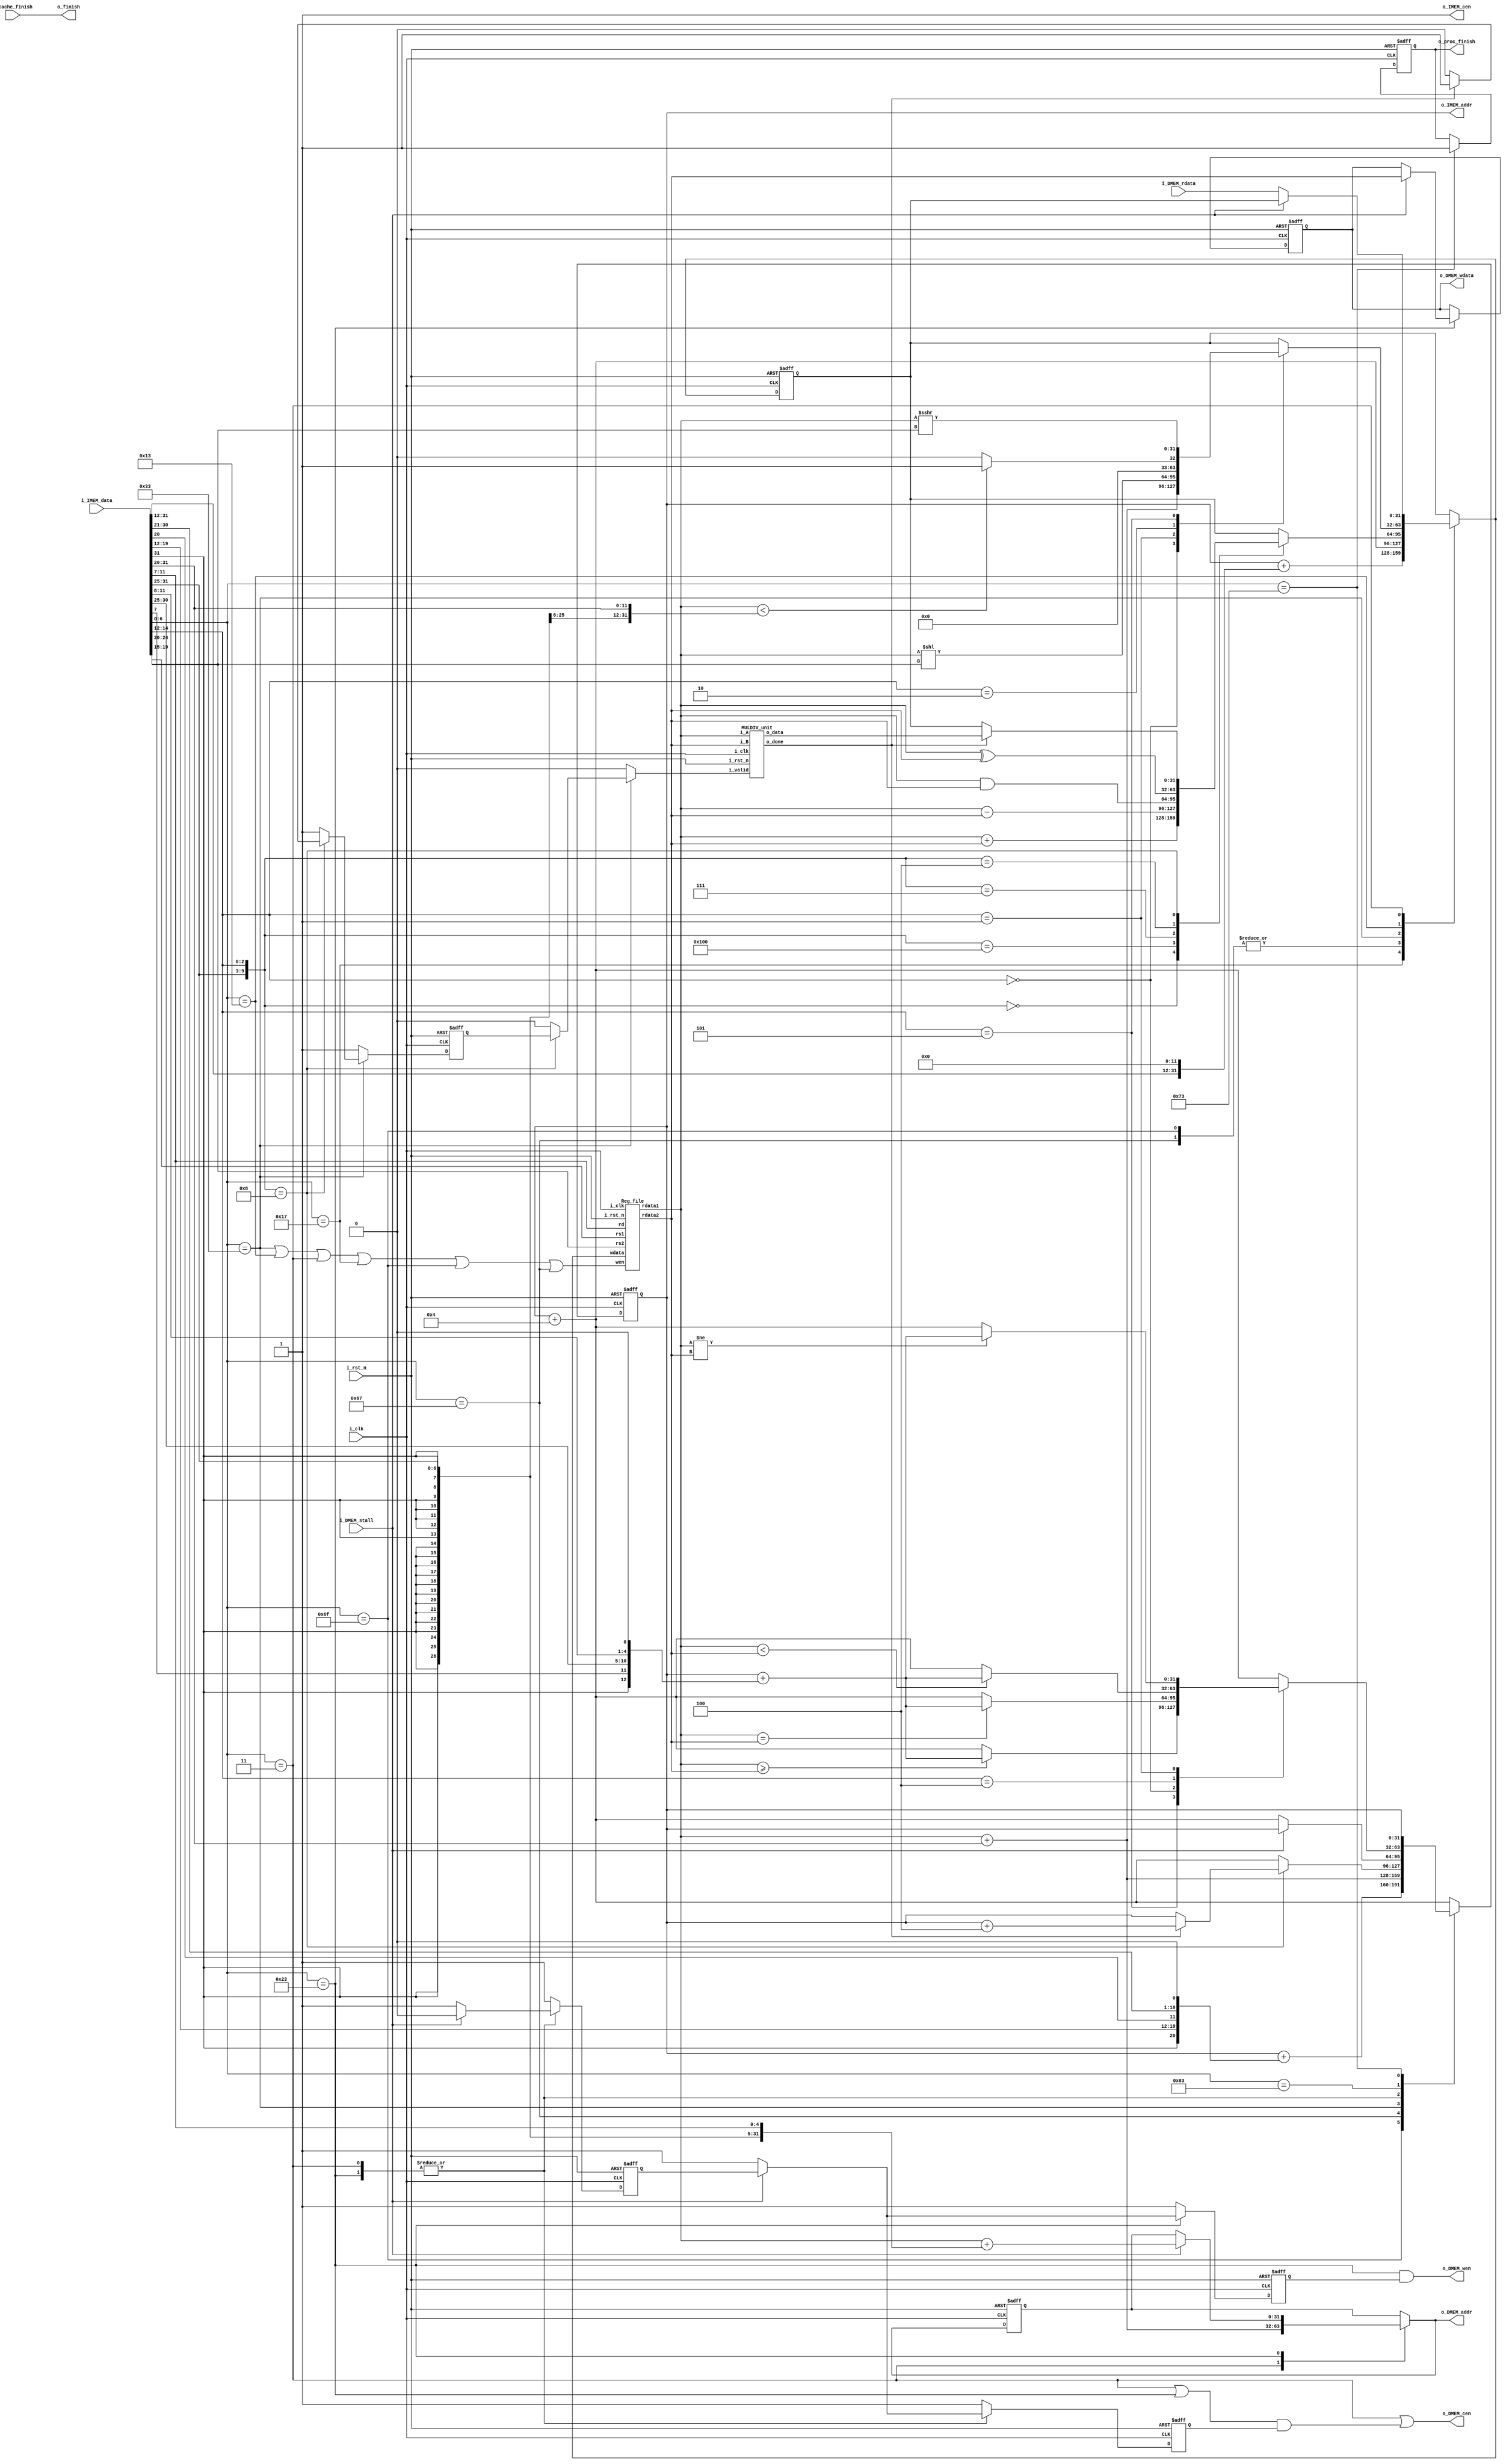
//----------------------------- DO NOT MODIFY THE I/O INTERFACE!! ------------------------------//
module CHIP #(                                                                                  //
    parameter BIT_W = 32                                                                        //
)(                                                                                              //
    // clock                                                                                    //
        input               i_clk,                                                              //
        input               i_rst_n,                                                            //
    // instruction memory                                                                       //
        input  [BIT_W-1:0]  i_IMEM_data,                                                        //
        output [BIT_W-1:0]  o_IMEM_addr,                                                        //
        output              o_IMEM_cen,                                                         //
    // data memory                                                                              //
        input               i_DMEM_stall,                                                       //
        input  [BIT_W-1:0]  i_DMEM_rdata,                                                       //
        output              o_DMEM_cen,                                                         //
        output              o_DMEM_wen,                                                         //
        output [BIT_W-1:0]  o_DMEM_addr,                                                        //
        output [BIT_W-1:0]  o_DMEM_wdata,                                                       //
    // finnish procedure                                                                        //
        output              o_finish,                                                           //
    // cache                                                                                    //
        input               i_cache_finish,                                                     //
        output              o_proc_finish                                                       //
);                                                                                              //
//----------------------------- DO NOT MODIFY THE I/O INTERFACE!! ------------------------------//

// ------------------------------------------------------------------------------------------------------------------------------------------------------
// Parameters
// ------------------------------------------------------------------------------------------------------------------------------------------------------

    // TODO: any declaration
    // auipc
    parameter auipc_opcode = 7'b0010111;
    // jal
    parameter jal_opcode   = 7'b1101111;
    // jalr
    parameter jalr_opcode  = 7'b1100111;
    // add
    parameter add_funct7   = 7'b0000000;
    parameter add_funct3   = 3'b000;
    parameter add_opcode   = 7'b0110011;
    // sub
    parameter sub_funct7   = 7'b0100000;
    parameter sub_funct3   = 3'b000;
    parameter sub_opcode   = 7'b0110011;
    // and
    parameter and_funct7   = 7'b0000000;
    parameter and_funct3   = 3'b111;
    parameter and_opcode   = 7'b0110011;
    // xor
    parameter xor_funct7   = 7'b0000000;
    parameter xor_funct3   = 3'b100;
    parameter xor_opcode   = 7'b0110011;
    // addi
    parameter addi_funct3  = 3'b000;
    parameter addi_opcode  = 7'b0010011;
    // slli
    parameter slli_funct3  = 3'b001;
    parameter slli_opcode  = 7'b0010011;
    // slti
    parameter slti_funct3  = 3'b010;
    parameter slti_opcode  = 7'b0010011;
    // srai
    parameter srai_funct7  = 7'b0100000;
    parameter srai_funct3  = 3'b101;
    parameter srai_opcode  = 7'b0010011;
    // lw
    parameter lw_funct3    = 3'b010;
    parameter lw_opcode    = 7'b0000011;
    // sw
    parameter sw_funct3    = 3'b010;
    parameter sw_opcode    = 7'b0100011;
    // mul
    parameter mul_funct7   = 7'b0000001;
    parameter mul_funct3   = 3'b000;
    parameter mul_opcode   = 7'b0110011;
    // beq
    parameter beq_funct3   = 3'b000;
    parameter beq_opcode   = 7'b1100011;
    // bge
    parameter bge_funct3   = 3'b101;
    parameter bge_opcode   = 7'b1100011;
    // blt
    parameter blt_funct3   = 3'b100;
    parameter blt_opcode   = 7'b1100011;
    // bne
    parameter bne_funct3   = 3'b001;
    parameter bne_opcode   = 7'b1100011;
    // ecall
    parameter ecall_opcode = 7'b1110011;
    parameter ecall        = 32'b0000_0000_0001_0000_0000_0000_0111_0011;

// ------------------------------------------------------------------------------------------------------------------------------------------------------
// Wires and Registers
// ------------------------------------------------------------------------------------------------------------------------------------------------------
    
    // TODO: any declaration

    // instruction memory
    reg [BIT_W-1:0] PC, PC_nxt;
    wire mem_cen, mem_wen;
    wire [BIT_W-1:0] mem_addr, mem_wdata, mem_rdata;
    wire mem_stall;

    // register
    reg [BIT_W-1:0] imm;
    wire [BIT_W-1:0] rdata1, rdata2;
    reg [BIT_W-1:0] rdatad, rdatad_nxt;

    // data memory
    reg [BIT_W-1:0] DMEM_addr, DMEM_addr_nxt;
    reg [BIT_W-1:0] DMEM_wdata, DMEM_wdata_nxt;
    reg [BIT_W-1:0] DMEM_rdata, DMEM_rdata_nxt;
    reg DMEM_cen, DMEM_cen_nxt;
    reg DMEM_wen, DMEM_wen_nxt;
    reg DMEM_ready, DMEM_ready_nxt;

    // instruction
    wire ALUSrc;
    wire MemtoReg;
    wire RegWrite;
    wire MemRead;
    wire MemWrite;
    wire Branch;
    wire [1:0] ALUOp;
    wire [3:0] ALU_control_input;

    // operation
    wire muldiv_done;
    wire [BIT_W-1:0] muldiv_result;
    reg muldiv_valid, muldiv_valid_nxt;
    reg muldiv_ready, muldiv_ready_nxt;

    // finish procedure
    reg finish, finish_nxt;

// ------------------------------------------------------------------------------------------------------------------------------------------------------
// Continuous Assignment
// ------------------------------------------------------------------------------------------------------------------------------------------------------

    // TODO: any wire assignment

    // instruction memory
    assign o_IMEM_addr = PC;
    assign o_IMEM_cen = 1'b1; // load instruction

    // control signal
    assign ALUSrc = (i_IMEM_data[6:0]==lw_opcode) || (i_IMEM_data[6:0]==sw_opcode);
    assign MemtoReg = (i_IMEM_data[6:0]==lw_opcode);
    assign RegWrite = (i_IMEM_data[6:0]==add_opcode) || (i_IMEM_data[6:0]==addi_opcode) || (i_IMEM_data[6:0]==lw_opcode) || (i_IMEM_data[6:0]==auipc_opcode) || (i_IMEM_data[6:0]==jal_opcode) || (i_IMEM_data[6:0]==jalr_opcode);
    assign MemRead = (i_IMEM_data[6:0]==lw_opcode);
    assign MemWrite = (i_IMEM_data[6:0]==sw_opcode);
    assign Branch = (i_IMEM_data[6:0]==beq_opcode);
    assign ALUOp[1] = (i_IMEM_data[6:0]==add_opcode);
    assign ALUOp[0] = (i_IMEM_data[6:0]==beq_opcode);   
    assign ALU_control_input = (ALUOp==2'b00 ? 4'b0010 : (ALUOp[0]==1'b1 ? 4'b0110 : (i_IMEM_data[14:12]==3'b000 ? 4'b0010 : (i_IMEM_data[30]==1'b1 ? 4'b0110 : (i_IMEM_data[14:12]==3'b111 ? 4'b0000 : 4'b0001)))));

    // data memory
    assign o_DMEM_cen = MemtoReg || ((MemRead || MemWrite) && DMEM_cen);
    assign o_DMEM_wen = MemWrite && DMEM_wen;
    assign o_DMEM_addr = DMEM_addr_nxt;
    assign o_DMEM_wdata = DMEM_wdata;

    // finish
    // assign o_finish = finish; // without cache
    assign o_proc_finish = finish;
    assign o_finish = i_cache_finish;

// ------------------------------------------------------------------------------------------------------------------------------------------------------
// Submoddules
// ------------------------------------ ------------------------------------------------------------------------------------------------------------------

    // TODO: Reg_file wire connection
    Reg_file reg0(               
        .i_clk  (i_clk),             
        .i_rst_n(i_rst_n),         
        .wen    (RegWrite),          
        .rs1    (i_IMEM_data[19:15]),                
        .rs2    (i_IMEM_data[24:20]),                
        .rd     (i_IMEM_data[11:7]),                 
        .wdata  (rdatad_nxt),             
        .rdata1 (rdata1),           
        .rdata2 (rdata2)
    );

    MULDIV_unit muldiv0(
        .i_clk(i_clk),
        .i_rst_n(i_rst_n),
        .i_valid(muldiv_valid_nxt),
        .i_A(rdata1),
        .i_B(rdata2),
        .o_data(muldiv_result),
        .o_done(muldiv_done)
    );

// ------------------------------------------------------------------------------------------------------------------------------------------------------
// Always Blocks
// ------------------------------------------------------------------------------------------------------------------------------------------------------
    // Todo: any combinational/sequential circuit

    // action given instructions
    always @(*) begin
        // default assignments
        muldiv_ready_nxt = 1;
        DMEM_ready_nxt = 1;
        muldiv_valid_nxt = 0;
        DMEM_cen_nxt = 1;
        DMEM_wen_nxt = 1;

        PC_nxt = PC;

        rdatad_nxt = rdatad;
        DMEM_addr_nxt = DMEM_addr;
        DMEM_wdata_nxt = DMEM_wdata;
        DMEM_rdata_nxt = DMEM_rdata;

        finish_nxt = finish;

        // ombinational circuit
        case (i_IMEM_data[6:0])
            auipc_opcode: begin
                // auipc
                imm = {i_IMEM_data[31:12], 12'b0};
                rdatad_nxt = $signed(PC) + $signed(imm);
                PC_nxt = $signed(PC) + $signed(4);
            end
            jal_opcode: begin
                // jal
                imm = {{11{i_IMEM_data[31]}}, i_IMEM_data[31], i_IMEM_data[19:12], i_IMEM_data[20], i_IMEM_data[30:21], 1'b0};
                rdatad_nxt = $signed(PC) + $signed(4);
                PC_nxt = $signed(PC) + $signed(imm);
            end
            jalr_opcode: begin
                // jalr
                imm = {{20{i_IMEM_data[31]}}, i_IMEM_data[31:20]};
                rdatad_nxt = $signed(PC) + $signed(4);
                PC_nxt = $signed(rdata1) + $signed(imm);
            end
            add_opcode: begin
                case({i_IMEM_data[31:25], i_IMEM_data[14:12]})
                    {add_funct7, add_funct3}: begin
                        // add
                        rdatad_nxt = $signed(rdata1) + $signed(rdata2);
                        PC_nxt = $signed(PC) + $signed(4);
                    end
                    {sub_funct7, sub_funct3}: begin
                        // sub
                        rdatad_nxt = $signed(rdata1) - $signed(rdata2);
                        PC_nxt = $signed(PC) + $signed(4);
                    end
                    {and_funct7, and_funct3}: begin
                        // and
                        rdatad_nxt = rdata1 & rdata2;
                        PC_nxt = $signed(PC) + $signed(4);
                    end
                    {xor_funct7, xor_funct3}: begin
                        // xor
                        rdatad_nxt = rdata1 ^ rdata2;
                        PC_nxt = $signed(PC) + $signed(4);
                    end
                    {mul_funct7, mul_funct3}: begin
                        // mul
                        PC_nxt = muldiv_done ? ($signed(PC) + $signed(4)) : PC;
                        muldiv_ready_nxt = muldiv_done ? 1 : 0;
                        muldiv_valid_nxt = muldiv_ready;
                        rdatad_nxt = muldiv_done ? muldiv_result : rdatad;
                    end
                    default: begin
                        rdatad_nxt = rdatad;
                        PC_nxt = $signed(PC) + $signed(4);
                    end
                endcase
            end
            addi_opcode: begin
                case(i_IMEM_data[14:12])
                    addi_funct3: begin
                        // addi
                        imm = {{20{i_IMEM_data[31]}}, i_IMEM_data[31:20]};
                        rdatad_nxt = $signed(rdata1) + $signed(imm);
                        PC_nxt = $signed(PC) + $signed(4);
                    end
                    slli_funct3: begin
                        // slli
                        imm = i_IMEM_data[24:20];
                        rdatad_nxt = rdata1 << imm;
                        PC_nxt = $signed(PC) + $signed(4);
                    end
                    slti_funct3: begin
                        // slti
                        imm = {{20{i_IMEM_data[31]}}, i_IMEM_data[31:20]};
                        rdatad_nxt = (rdata1 < imm) ? 1 : 0;
                        PC_nxt = $signed(PC) + $signed(4);
                    end
                    srai_funct3: begin
                        // srai
                        imm = i_IMEM_data[24:20];
                        rdatad_nxt = $signed(rdata1) >>> imm;
                        PC_nxt = $signed(PC) + $signed(4);
                    end
                    default: begin
                        rdatad_nxt = rdatad;
                        PC_nxt = $signed(PC) + $signed(4);
                    end
                endcase
            end
            lw_opcode: begin
                // lw
                if (i_DMEM_stall) begin
                    imm = {{20{i_IMEM_data[31]}}, i_IMEM_data[31:20]};
                    DMEM_addr_nxt = $signed(rdata1) + $signed(imm);
                    rdatad_nxt = rdatad;
                    PC_nxt = PC;
                    DMEM_ready_nxt = 0;
                    DMEM_cen_nxt = DMEM_ready;
                end
                else begin
                    imm = {{20{i_IMEM_data[31]}}, i_IMEM_data[31:20]};
                    DMEM_addr_nxt = $signed(rdata1) + $signed(imm);
                    rdatad_nxt = i_DMEM_rdata;
                    PC_nxt = $signed(PC) + $signed(4);
                    DMEM_cen_nxt = 1;
                    DMEM_ready_nxt = 1;
                end
            end
            sw_opcode: begin
                // sw
                if (i_DMEM_stall) begin
                    imm = {{20{i_IMEM_data[31]}}, i_IMEM_data[31:25], i_IMEM_data[11:7]};
                    DMEM_addr_nxt = rdata1 + imm;
                    DMEM_wdata_nxt = rdata2;
                    PC_nxt = PC;
                    DMEM_ready_nxt = 0;
                    DMEM_cen_nxt = DMEM_ready;
                    DMEM_wen_nxt = DMEM_ready;
                end
                else begin
                    DMEM_addr_nxt = DMEM_addr;
                    DMEM_wdata_nxt = DMEM_wdata;
                    PC_nxt = $signed(PC) + $signed(4);
                    DMEM_cen_nxt = 1;
                    DMEM_ready_nxt = 1;
                    DMEM_wen_nxt = 1;
                end
            end
            bge_opcode: begin
                case(i_IMEM_data[14:12])
                    bge_funct3: begin
                        // bge
                        imm = {{20{i_IMEM_data[31]}}, i_IMEM_data[31], i_IMEM_data[7], i_IMEM_data[30:25], i_IMEM_data[11:8]};
                        PC_nxt = ($signed(rdata1) >= $signed(rdata2)) ? ($signed(PC) + $signed({imm, 1'b0})) : $signed(PC) + $signed(4);
                    end
                    beq_funct3: begin
                        // beq
                        imm = {{20{i_IMEM_data[31]}}, i_IMEM_data[31], i_IMEM_data[7], i_IMEM_data[30:25], i_IMEM_data[11:8]};
                        PC_nxt = ($signed(rdata1) == $signed(rdata2)) ? ($signed(PC) + $signed({imm, 1'b0})) : $signed(PC) + $signed(4);
                    end
                    blt_funct3: begin
                        // blt
                        imm = {{20{i_IMEM_data[31]}}, i_IMEM_data[31], i_IMEM_data[7], i_IMEM_data[30:25], i_IMEM_data[11:8]};
                        PC_nxt = ($signed(rdata1) < $signed(rdata2)) ? ($signed(PC) + $signed({imm, 1'b0})) : $signed(PC) + $signed(4);
                    end
                    bne_funct3: begin
                        // bne
                        imm = {{20{i_IMEM_data[31]}}, i_IMEM_data[31], i_IMEM_data[7], i_IMEM_data[30:25], i_IMEM_data[11:8]};
                        PC_nxt = ($signed(rdata1) != $signed(rdata2)) ? ($signed(PC) + $signed({imm, 1'b0})) : $signed(PC) + $signed(4);
                    end
                    default: begin
                        PC_nxt = $signed(PC) + $signed(4);
                    end
                endcase
            end
            ecall_opcode: begin
                finish_nxt = 1;
            end
            default: begin
                PC_nxt = $signed(PC) + $signed(4);
            end
        endcase
    end
    

    always @(posedge i_clk or negedge i_rst_n) begin
        if (!i_rst_n) begin
            PC <= 32'h00010000; // Do not modify this value!!!
            
            rdatad <= 32'b0;
            DMEM_addr <= 0;
            DMEM_wdata <= 0;
            DMEM_rdata <= 0;

            finish <= 0;
            muldiv_valid <= 0;
            muldiv_ready <= 0;
            DMEM_ready <= 1;
            DMEM_cen <= 0;
            DMEM_wen <= 0;
        end
        else begin
            PC <= PC_nxt;

            rdatad <= rdatad_nxt;
            DMEM_addr <= DMEM_addr_nxt;
            DMEM_wdata <= DMEM_wdata_nxt;
            DMEM_rdata <= DMEM_rdata_nxt;

            finish <= finish_nxt;
            muldiv_valid <= muldiv_valid_nxt;
            muldiv_ready <= muldiv_ready_nxt;
            DMEM_ready <= DMEM_ready_nxt;
            DMEM_cen <= DMEM_cen_nxt;
            DMEM_wen <= DMEM_wen_nxt;
        end
    end
endmodule

module Reg_file(i_clk, i_rst_n, wen, rs1, rs2, rd, wdata, rdata1, rdata2);
   
    parameter BITS = 32;
    parameter word_depth = 32;
    parameter addr_width = 5; // 2^addr_width >= word_depth
    
    input i_clk, i_rst_n, wen; // wen: 0:read | 1:write
    input [BITS-1:0] wdata;
    input [addr_width-1:0] rs1, rs2, rd;

    output [BITS-1:0] rdata1, rdata2;

    reg [BITS-1:0] mem [0:word_depth-1];
    reg [BITS-1:0] mem_nxt [0:word_depth-1];

    integer i;

    assign rdata1 = mem[rs1];
    assign rdata2 = mem[rs2];

    always @(*) begin
        for (i=0; i<word_depth; i=i+1)
            mem_nxt[i] = (wen && (rd == i)) ? wdata : mem[i];
    end

    always @(posedge i_clk or negedge i_rst_n) begin
        if (!i_rst_n) begin
            mem[0] <= 0;
            for (i=1; i<word_depth; i=i+1) begin
                case(i)
                    32'd2: mem[i] <= 32'hbffffff0;
                    32'd3: mem[i] <= 32'h10008000;
                    default: mem[i] <= 32'h0;
                endcase
            end
        end
        else begin
            mem[0] <= 0;
            for (i=1; i<word_depth; i=i+1)
                mem[i] <= mem_nxt[i];
        end       
    end
endmodule

module MULDIV_unit#(
        parameter BIT_W = 32    
    )(
        input                       i_clk,   // clock
        input                       i_rst_n, // reset

        input                       i_valid, // input valid signal
        input [BIT_W - 1 : 0]       i_A,     // input operand A
        input [BIT_W - 1 : 0]       i_B,     // input operand B

        output [BIT_W - 1 : 0]    o_data,  // output value
        output                      o_done   // output valid signal
    );
    // Do not Modify the above part !!!
    
    // Parameters
    parameter S_IDLE           = 2'd0;
    parameter S_MULTI_CYCLE_OP = 2'd2;

    // Wires & Regs
    // state
    reg  [1:0]  state, state_nxt; // remember to expand the bit width if you want to add more states!
    // load input
    reg  [BIT_W-1:0]   operand_a, operand_a_nxt;
    reg  [BIT_W-1:0]   operand_b, operand_b_nxt;
    reg  [2:0]  inst, inst_nxt;

    // Wire Assignments
    // Counter
    reg  [4:0] cnt, cnt_nxt;
    // Output
    reg  [2*BIT_W - 1 : 0] o_data_cur, o_data_nxt;
    reg                     o_done_cur, o_done_nxt;
    
    // Always Combination
    // load input
    always @(*) begin
        if (i_valid) begin
            operand_a_nxt = i_A;
            operand_b_nxt = i_B;
        end
        else begin
            operand_a_nxt = operand_a;
            operand_b_nxt = operand_b;
        end
    end

    // FSM
    always @(*) begin
        case(state)
            S_IDLE           : begin
                if (i_valid) begin
                    state_nxt = S_MULTI_CYCLE_OP;
                end
                else begin // stay in S_IDLE
                    state_nxt = state;
                end
            end
            S_MULTI_CYCLE_OP : begin
                if (cnt==5'd31) begin
                    state_nxt = S_IDLE;
                end
                else begin
                    state_nxt = S_MULTI_CYCLE_OP;
                end
            end
            default : state_nxt = state;
        endcase
    end
    // Counter
    always @(negedge i_clk) begin
        if (state==S_MULTI_CYCLE_OP) begin
            cnt_nxt = cnt + 1;
        end
        else begin
            cnt_nxt = cnt;
        end
    end
    // ALU output
    always @(*) begin
        if (state==S_MULTI_CYCLE_OP) begin // MUL A: multiplicand, B: multiplier
            if (cnt==0) begin
                if (operand_b[0]==1)begin
                    o_data_nxt = {operand_a, operand_b} >> 1;
                end
                else begin
                    o_data_nxt = {{BIT_W{1'b0}}, operand_b} >> 1;
                end
                o_done_nxt = 0;
            end
            else if (cnt<31) begin
                if (o_data_cur[0]==1) begin
                    o_data_nxt = {{1'b0, o_data_cur[2*BIT_W-1:BIT_W]} + {1'b0, operand_a}, o_data_cur[BIT_W-1:1]};
                end
                else begin
                    o_data_nxt = o_data_cur >> 1;
                end
                o_done_nxt = 0;
            end
            else begin
                if (o_data_cur[0]==1) begin
                    o_data_nxt = {{1'b0, o_data_cur[2*BIT_W-1:BIT_W]} + {1'b0, operand_a}, o_data_cur[BIT_W-1:1]};
                end
                else begin
                    o_data_nxt = o_data_cur >> 1;
                end
                o_done_nxt = 1;
            end
        end
        else begin
            o_data_nxt = 0;
            o_done_nxt = 0;
        end
    end
    
    // output valid signal
    assign o_data = o_data_cur[BIT_W-1:0];
    assign o_done = o_done_cur;

    // Sequential always block
    always @(posedge i_clk or negedge i_rst_n) begin
        if (!i_rst_n) begin
            state       <= S_IDLE;
            operand_a   <= 0;
            operand_b   <= 0;
            cnt         <= 0;
            o_data_cur  <= 0;
            o_done_cur  <= 0;
        end
        else begin
            state       <= state_nxt;
            operand_a   <= operand_a_nxt;
            operand_b   <= operand_b_nxt;
            cnt         <= cnt_nxt;
            o_data_cur  <= o_data_nxt;
            o_done_cur  <= o_done_nxt;
        end
    end
endmodule

module Cache#(  // 545 -> 535
        parameter BIT_W = 32,
        parameter ADDR_W = 32
    )(
        input i_clk,
        input i_rst_n,
        // processor interface
        input i_proc_cen,
        input i_proc_wen,
        input [ADDR_W-1:0] i_proc_addr,
        input [BIT_W-1:0]  i_proc_wdata,
        output [BIT_W-1:0] o_proc_rdata,
        output o_proc_stall,
        input i_proc_finish,
        output o_cache_finish,
        // memory interface
        output o_mem_cen,
        output o_mem_wen,
        output [ADDR_W-1:0] o_mem_addr,
        output [BIT_W*4-1:0]  o_mem_wdata,
        input [BIT_W*4-1:0] i_mem_rdata,
        input i_mem_stall,
        output o_cache_available,
        // others
        input  [ADDR_W-1: 0] i_offset
    );

    assign o_cache_available = 1; // change this value to 1 if the cache is implemented

    //------------------------------------------//
    //          default connection              //
    // assign o_mem_cen = i_proc_cen;              //
    // assign o_mem_wen = i_proc_wen;              //
    // assign o_mem_addr = i_proc_addr;            //
    // assign o_mem_wdata = i_proc_wdata;          //
    // assign o_proc_rdata = i_mem_rdata[0+:BIT_W];//
    // assign o_proc_stall = i_mem_stall;          //
    //------------------------------------------//

    // registers
    reg [2:0] state, state_nxt;
    reg [1:0] mode, mode_nxt;
    
    // data/address
    reg [ADDR_W-1:0] addr, addr_nxt;
    reg [ADDR_W-1:0] real_addr, real_addr_nxt;
    reg [BIT_W-1:0] rdata, rdata_nxt;
    reg [BIT_W-1:0]  wdata, wdata_nxt;
    reg [ADDR_W-1:0] mem_addr, mem_addr_nxt;
    reg [BIT_W*4-1:0]  mem_wdata, mem_wdata_nxt;
    wire [BIT_W-1:0] rdata_out;
    wire hit, hit_idx, miss_idx, clean_idx;
    reg entry_dirty;
    // control signals
    reg stall, stall_nxt;
    reg finish, finish_nxt;
    reg cen, cen_nxt;
    reg wen, wen_nxt;

    // parameters
    // state
    parameter S_IDLE    = 3'd0;
    parameter S_READ_WRITE   = 3'd1;
    parameter S_WB      = 3'd2;
    parameter S_ALLO    = 3'd3;
    parameter S_CLEAN   = 3'd4; // write baack all dirty blocks when i_proc_finish=1
    // mode
    parameter M_IDLE    = 2'd0;
    parameter M_READ    = 2'd1;
    parameter M_WRITE   = 2'd2;
    parameter M_CLEAN   = 2'd3;
    

    // entries
    reg [0:1] v[0:7], v_nxt[0:7]; // valid bit
    reg [0:1] dirty[0:7], dirty_nxt[0:7];  // dirty bit
    reg [0:7] new, new_nxt;  // tag the currently used block
    reg [31:7] tag [0:7][0:1], tag_nxt [0:7][0:1];
    reg [BIT_W*4-1:0] entry [0:7][0:1], entry_nxt [0:7][0:1];   // 4 entries/block, 2-way associated

    // processor
    assign o_proc_rdata = rdata_out;
    assign o_proc_stall = stall?(state_nxt!=S_IDLE): i_proc_cen;
    assign o_cache_finish = finish;
    // memory
    assign rdata_out = (state==S_ALLO || (state==S_READ_WRITE && mode == M_READ))?rdata_nxt:32'b0;
    assign o_mem_cen = cen;
    assign o_mem_wen = wen;
    assign o_mem_addr = i_offset + {(mem_addr-i_offset)>>4, 4'b0};
    assign o_mem_wdata = mem_wdata;
    assign hit = (v[real_addr[6:4]][0] && (tag[real_addr[6:4]][0] == real_addr[31:7])) || (v[real_addr[6:4]][1] && (tag[real_addr[6:4]][1] == real_addr[31:7]));
    assign hit_idx = (tag[real_addr[6:4]][0] == real_addr[31:7])?0:1;
    assign miss_idx = (new[real_addr[6:4]]==1)?0:1;  // take the older block
    assign clean_idx = (real_addr_nxt[31:7]==tag[real_addr_nxt[6:4]][0])?0:1;

    // FSM
    reg [3:0] i;
    reg [2:0] j;
    always @(*) begin
        // default assignments
        state_nxt = state;
        mode_nxt = mode;
        addr_nxt = addr;
        rdata_nxt = rdata;
        wdata_nxt = wdata;
        mem_wdata_nxt = mem_wdata;
        mem_addr_nxt = mem_addr;
        real_addr_nxt = real_addr;
        stall_nxt = stall;
        finish_nxt = finish;
        cen_nxt = cen;
        wen_nxt = wen;

        for (i=0; i<8; i=i+1) begin
            new_nxt[i] = new[i];
            for (j=0; j<2; j=j+1) begin
                v_nxt[i][j] = v[i][j];
                dirty_nxt[i][j] = dirty[i][j];
                tag_nxt[i][j] = tag[i][j];
                entry_nxt[i][j] = entry[i][j];
            end
        end

        case(state)
            S_IDLE: begin
                cen_nxt = 0;
                wen_nxt = 0;

                rdata_nxt = 32'b0;
                wdata_nxt = 32'b0;
                mem_wdata_nxt = 128'b0;

                if (i_proc_finish) begin    // write back all dirty blocks
                    state_nxt = S_CLEAN;
                    mode_nxt = M_CLEAN;
                    stall_nxt = 1;  // stall
                end 
                else begin
                    addr_nxt = i_proc_addr;
                    mem_addr_nxt = i_proc_addr;
                    real_addr_nxt = i_proc_addr-i_offset;   // used for cache addressing
                    if (i_proc_cen) begin
                        if (i_proc_wen) begin   // write
                            state_nxt = S_READ_WRITE;
                            mode_nxt = M_WRITE;
                        end
                        else begin  // read
                            state_nxt = S_READ_WRITE;
                            mode_nxt = M_READ;
                        end
                        stall_nxt = 1;  // stall
                    end
                    else begin
                        state_nxt = S_IDLE; // hold
                        mode_nxt = M_IDLE;
                        stall_nxt = 0;
                    end
                end
            end

            S_READ_WRITE: begin
                if (hit) begin   // hit
                    state_nxt = S_IDLE;
                    stall_nxt = 0;
                    new_nxt[real_addr[6:4]] = hit_idx;  // marked "currently used" iif accessed

                    if (mode == M_WRITE) begin  // write
                        wdata_nxt = 32'b0;

                        for (i=0; i<8; i=i+1) begin
                            if (i==real_addr[6:4]) begin
                                dirty_nxt[i][hit_idx] = 1;
                                case (real_addr[3:2])
                                    0: entry_nxt[i][hit_idx] = {entry[i][hit_idx][4*BIT_W-1:1*BIT_W], i_proc_wdata};
                                    1: entry_nxt[i][hit_idx] = {entry[i][hit_idx][4*BIT_W-1:2*BIT_W], i_proc_wdata, entry[i][hit_idx][1*BIT_W-1:0]};
                                    2: entry_nxt[i][hit_idx] = {entry[i][hit_idx][4*BIT_W-1:3*BIT_W], i_proc_wdata, entry[i][hit_idx][2*BIT_W-1:0]};
                                    3: entry_nxt[i][hit_idx] = {i_proc_wdata, entry[i][hit_idx][3*BIT_W-1:0]};
                                endcase
                            end
                            else begin
                                for (j=0; j<2; j=j+1) begin
                                    entry_nxt[i][j] = entry[i][j];
                                end
                            end
                        end
                    end else begin  // read
                        rdata_nxt = entry[real_addr[6:4]][hit_idx][{real_addr[3:2], 5'b0}+:BIT_W];
                    end
                end 
                else begin  // miss
                    wdata_nxt = i_proc_wdata;

                    if (dirty[real_addr[6:4]][miss_idx]) begin // dirty
                        state_nxt = S_WB;
                        cen_nxt = 1;
                        wen_nxt = 1;
                        mem_addr_nxt = {tag[real_addr[6:4]][miss_idx], real_addr[6:4], 4'b0} + i_offset;
                        mem_wdata_nxt = entry[real_addr[6:4]][miss_idx];
                    end
                    else begin  // !dirty
                        state_nxt = S_ALLO;
                        cen_nxt = 1;
                        wen_nxt = 0;
                        mem_wdata_nxt = wdata;
                    end
                end
            end

            S_WB: begin
                if (!i_mem_stall) begin
                    state_nxt = (mode==M_CLEAN)?S_CLEAN:S_ALLO;
                    dirty_nxt[real_addr[6:4]][(mode==M_CLEAN)?clean_idx:miss_idx] = 0;
                    cen_nxt = (mode==M_CLEAN)?0:1;
                    wen_nxt = 0;
                    mem_addr_nxt = addr;
                end
                else begin  // DMEM stall
                    state_nxt = S_WB;
                    cen_nxt = 0;
                    wen_nxt = 0;
                end
            end

            S_ALLO: begin
                cen_nxt = 0;
                wen_nxt = 0;

                if (!i_mem_stall) begin
                    state_nxt = S_IDLE;
                    rdata_nxt = (mode==M_READ)?i_mem_rdata[{real_addr[3:2], 5'b0}+:BIT_W]:32'b0;
                    new_nxt[real_addr[6:4]] = miss_idx;  // marked "currently used" if accessed


                    for (i=0; i<8; i=i+1) begin
                        for (j=0; j<2; j=j+1) begin
                            if (i==real_addr[6:4] && j==miss_idx) begin
                                tag_nxt[i][j] = real_addr[31:7];
                                v_nxt[i][j] = 1;
                                
                                if (mode==M_WRITE) begin    // write
                                    dirty_nxt[i][j] = 1;
                                    case (real_addr[3:2])
                                        0: entry_nxt[i][j] = {i_mem_rdata[4*BIT_W-1:1*BIT_W], wdata};
                                        1: entry_nxt[i][j] = {i_mem_rdata[4*BIT_W-1:2*BIT_W], wdata, i_mem_rdata[1*BIT_W-1:0]};
                                        2: entry_nxt[i][j] = {i_mem_rdata[4*BIT_W-1:3*BIT_W], wdata, i_mem_rdata[2*BIT_W-1:0]};
                                        3: entry_nxt[i][j] = {wdata, i_mem_rdata[3*BIT_W-1:0]};
                                    endcase
                                end else begin  // read
                                    entry_nxt[i][j] = i_mem_rdata;
                                end
                            end
                            else begin
                                entry_nxt[i][j] = entry[i][j];
                                tag_nxt[i][j] = tag[i][j];
                                v_nxt[i][j] = v[i][j];
                            end
                        end
                    end
                end
                else begin  // DMEM stall
                    state_nxt = S_ALLO;
                    cen_nxt = 0;
                    wen_nxt = 0;
                end
            end

            S_CLEAN : begin
                mode_nxt = M_CLEAN;
                
                entry_dirty = 0;
                for (i=0; i<8; i=i+1) begin
                    for (j=0; j<2; j=j+1) begin
                        if (dirty[i][j]) entry_dirty = 1;
                    end
                end

                if (!entry_dirty) begin
                    cen_nxt = 0;
                    wen_nxt = 0;

                    state_nxt = S_IDLE;
                    finish_nxt = 1;
                    stall_nxt = 0;
                end
                else begin
                    state_nxt = S_WB;
                    cen_nxt = 1;
                    wen_nxt = 1;

                    for (i=0; i<8; i=i+1) begin
                        for (j=0; j<2; j=j+1) begin
                            if (dirty[i][j]) begin
                                real_addr_nxt = {tag[i][j], i[2:0], 4'b0};
                            end
                        end
                    end

                    mem_addr_nxt = real_addr_nxt + i_offset;
                    mem_wdata_nxt = entry[real_addr_nxt[6:4]][clean_idx];
                end
            end

            default: begin
            end
        endcase
    end

    always @(posedge i_clk or negedge i_rst_n) begin
        if (!i_rst_n) begin
            state <= S_IDLE;
            mode <= M_READ;
            addr <= i_offset;
            rdata <= 0;
            wdata <= 0;
            mem_wdata <= 0;
            mem_addr <= i_offset;
            real_addr <= 0;
            stall <= 0;
            finish <= 0;
            cen <= 0;
            wen <= 0;

            for (i=0; i<8; i=i+1) begin
                new[i] <= 1;

                for (j=0; j<2; j=j+1) begin
                    v[i][j] <= 0;
                    dirty[i][j] <= 0;
                    tag[i][j] <= 0;
                    entry [i][j] <= 0;
                end
            end
        end
        else begin
            state <= state_nxt;
            mode <= mode_nxt;
            addr <= addr_nxt;
            rdata <= rdata_nxt;
            wdata <= wdata_nxt;
            mem_wdata <= mem_wdata_nxt;
            mem_addr <= mem_addr_nxt;
            real_addr <= real_addr_nxt;
            stall <= stall_nxt;
            finish <= finish_nxt;
            cen <= cen_nxt;
            wen <= wen_nxt;

            for (i=0; i<8; i=i+1) begin
                new[i] <= new_nxt[i];

                for (j=0; j<2; j=j+1) begin
                    v[i][j] <= v_nxt[i][j];
                    dirty[i][j] <= dirty_nxt[i][j];
                    tag[i][j] <= tag_nxt[i][j];
                    entry[i][j] <= entry_nxt[i][j];
                end
            end
        end
    end
endmodule